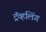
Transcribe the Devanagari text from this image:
ट्रॅव्हलिंग